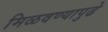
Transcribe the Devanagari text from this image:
मिळवण्यापुढे